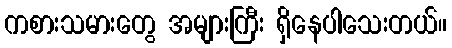
ကစားသမားတွေ အများကြီး ရှိနေပါသေးတယ်။